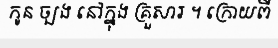
កូន ច្បង នៅក្នុង គ្រួសារ ។ ក្រោយពី